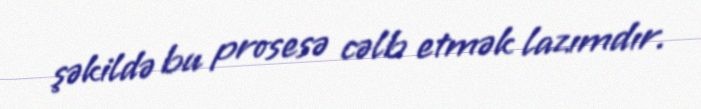
şəkildə bu prosesə cəlb etmək lazımdır.